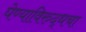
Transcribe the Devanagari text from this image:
घेण्याविरुद्धचा